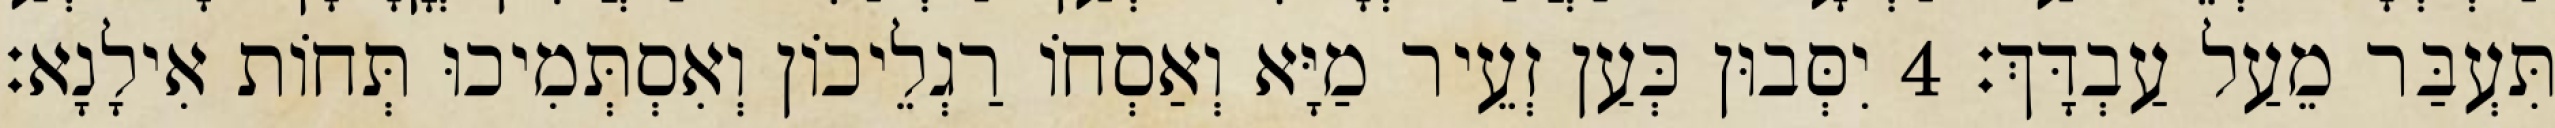
תִּעְבַּר מֵעַל עַבְדָּךְ׃ 4 יִסְּבוּן כְּעַן זְעֵיר מַיָּא וְאַסְחוֹ רַגְלֵיכוֹן וְאִסְתְּמִיכוּ תְּחוֹת אִילָנָא׃